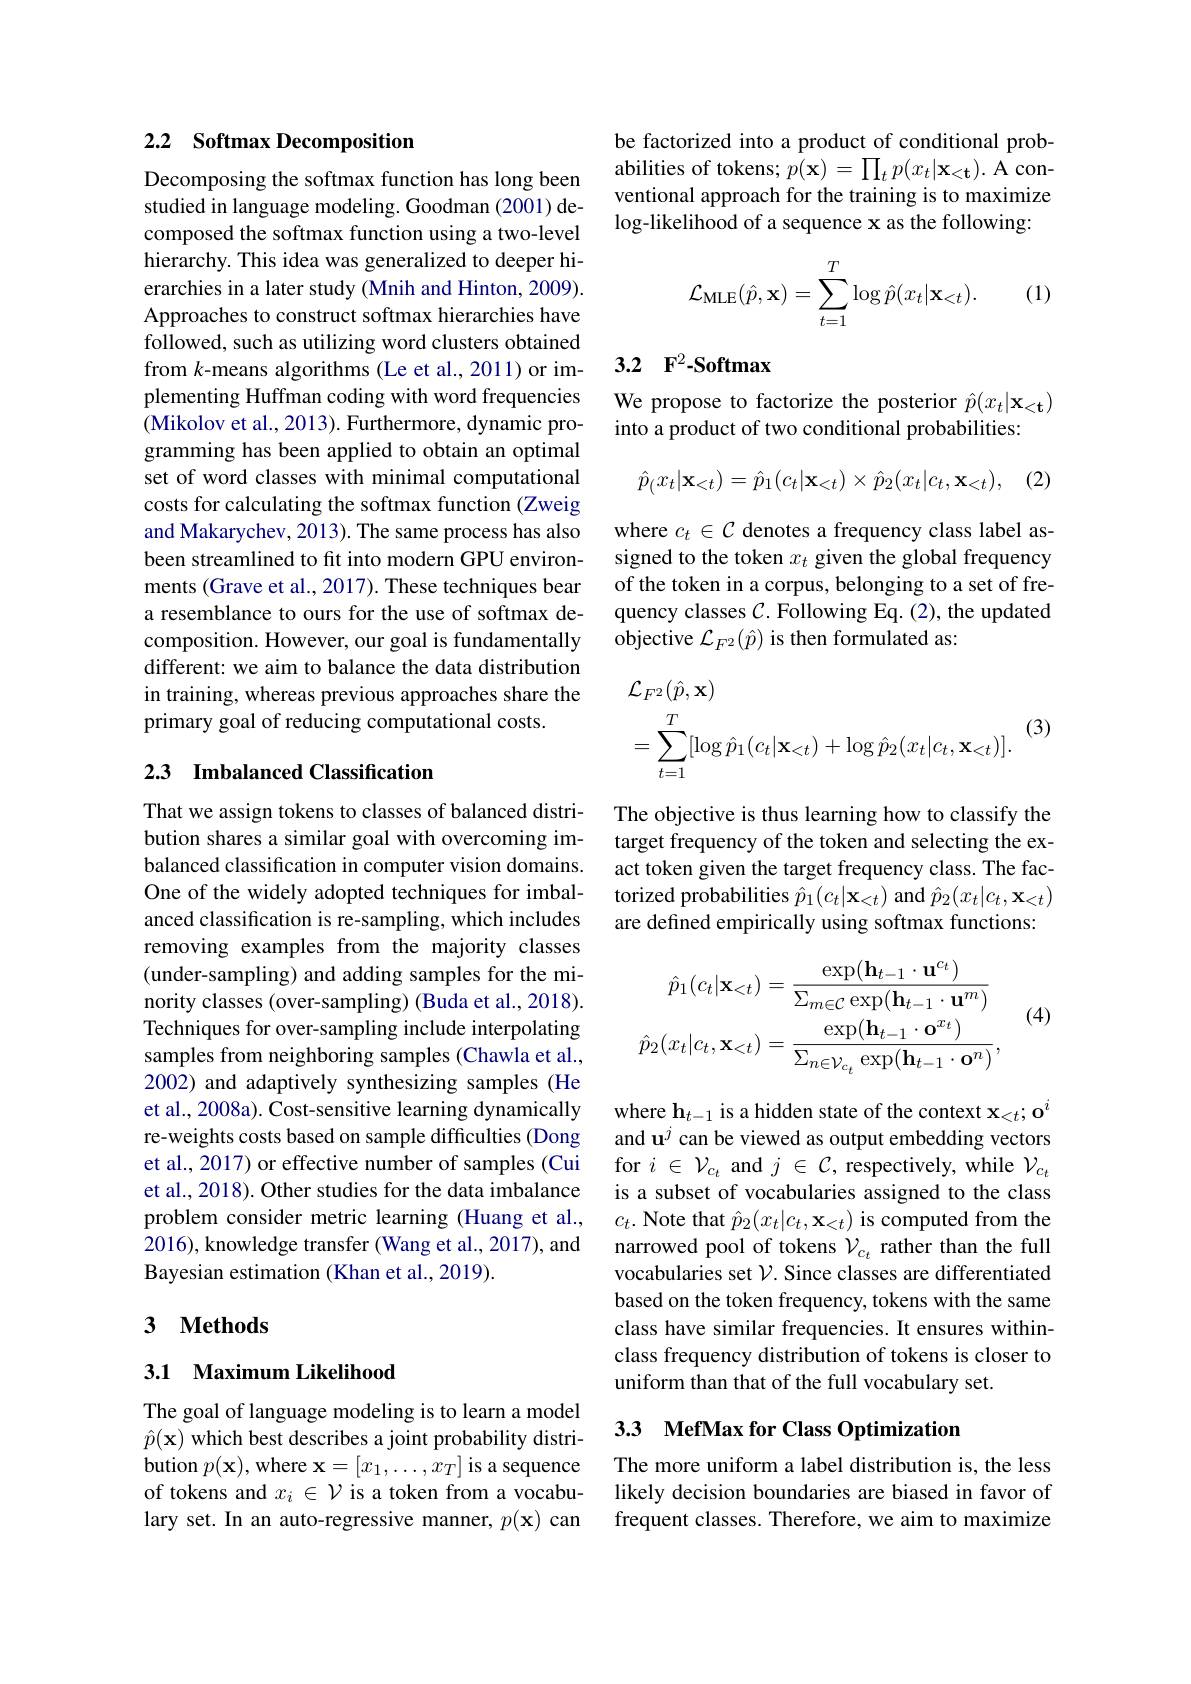
## 2.2 Softmax Decomposition

Decomposing the softmax function has long been studied in language modeling. Goodman (2001) decomposed the softmax function using a two-level hierarchy. This idea was generalized to deeper hierarchies in a later study (Mnih and Hinton, 2009). Approaches to construct softmax hierarchies have followed, such as utilizing word clusters obtained from $k$-means algorithms (Le et al., 2011) or implementing Huffman coding with word frequencies (Mikolov et al., 2013). Furthermore, dynamic programming has been applied to obtain an optimal set of word classes with minimal computational costs for calculating the softmax function (Zweig and Makarychev, 2013). The same process has also been streamlined to fit into modern GPU environments (Grave et al., 2017). These techniques bear a resemblance to ours for the use of softmax decomposition. However, our goal is fundamentally different: we aim to balance the data distribution in training, whereas previous approaches share the primary goal of reducing computational costs.

## 2.3 Imbalanced Classification

That we assign tokens to classes of balanced distribution shares a similar goal with overcoming imbalanced classification in computer vision domains. One of the widely adopted techniques for imbalanced classification is re-sampling, which includes removing examples from the majority classes (under-sampling) and adding samples for the minority classes (over-sampling) (Buda et al., 2018). Techniques for over-sampling include interpolating samples from neighboring samples (Chawla et al., 2002) and adaptively synthesizing samples (He et al., 2008a). Cost-sensitive learning dynamically re-weights costs based on sample difficulties (Dong et al., 2017) or effective number of samples (Cui et al., 2018). Other studies for the data imbalance problem consider metric learning (Huang et al., 2016), knowledge transfer (Wang et al., 2017), and Bayesian estimation (Khan et al., 2019).

## 3 $\textbf{Methods}$

## 3.1 Maximum Likelihood

The goal of language modeling is to learn a model $\hat{p}(\mathbf{x})$ which best describes a joint probability distribution $p(\mathbf{x})$, where $\mathbf{x}=[x_1,\ldots,x_T]$ is a sequence of tokens and $x_i\in\mathcal{V}$ is a token from a vocabulary set. In an auto-regressive manner, $p(\mathbf{x})$ can

be factorized into a product of conditional probabilities of tokens; $p(\mathbf{x})=\prod_{t}p(x_{t}|\mathbf{x}_{<\mathbf{t}}).$ A conventional approach for the training is to maximize log-likelihood of a sequence x as the following:
$$\mathcal{L}_{\mathrm{MLE}}(\hat{p},\mathbf{x})=\sum_{t=1}^{T}\log\hat{p}(x_{t}|\mathbf{x}_{<t}).$$
(1)

## 3.2 $\mathbf{F} ^{2}- \mathbf{Softmax}$

We propose to factorize the posterior $\hat{p}(x_t|\mathbf{x}_{<\mathbf{t}})$
into a product of two conditional probabilities:

(2)
$$\hat{p}_(x_t|\mathbf{x}_{<t})=\hat{p}_1(c_t|\mathbf{x}_{<t})\times\hat{p}_2(x_t|c_t,\mathbf{x}_{<t}),$$
where $c_t\in\mathcal{C}$ denotes a frequency class label assigned to the token $x_t$ given the global frequency of the token in a corpus, belonging to a set of frequency classes $\mathcal{C}.$ Following Eq. (2), the updated objective $\mathcal{L}_{F^2}(\hat{p})$ is then formulated as:
$$\begin{aligned}&\mathcal{L}_{F^{2}}(\hat{p},\mathbf{x})\\&=\sum_{t=1}^{T}[\log\hat{p}_{1}(c_{t}|\mathbf{x}_{<t})+\log\hat{p}_{2}(x_{t}|c_{t},\mathbf{x}_{<t})].\end{aligned}(3)$$
The objective is thus learning how to classify the target frequency of the token and selecting the exact token given the target frequency class. The factorized probabilities $\hat{p}_1(c_t|\mathbf{x}_{<t})$ and $\hat{p}_2(x_t|c_t,\mathbf{x}_{<t})$ are defined empirically using softmax functions:
$$\hat{p}_{1}(c_{t}|\mathbf{x}_{<t})=\frac{\exp(\mathbf{h}_{t-1}\cdot\mathbf{u}^{c_{t}})}{\sum_{m\in\mathcal{C}}\exp(\mathbf{h}_{t-1}\cdot\mathbf{u}^{m})}\\\hat{p}_{2}(x_{t}|c_{t},\mathbf{x}_{<t})=\frac{\exp(\mathbf{h}_{t-1}\cdot\mathbf{o}^{x_{t}})}{\sum_{n\in\mathcal{V}_{c_{t}}}\exp(\mathbf{h}_{t-1}\cdot\mathbf{o}^{n})},$$
(4)

where $\mathbf{h}_t-1$ is a hidden state of the context $\mathbf{x}_<t;\mathbf{o}^i$ and u$^j$ can be viewed as output embedding vectors for $i\in\mathcal{V}_{c_{t}}$ and $j\in\mathcal{C}$, respectively, while $\mathcal{V}_{c_{t}}$ is a subset of vocabularies assigned to the class $c_t.$ Note that $\hat p_2(x_t|c_t,\mathbf{x}_{<t})$ is computed from the narrowed pool of tokens $\mathcal{V}_c_t$ rather than the full vocabularies set $\mathcal{V}$. Since classes are differentiated based on the token frequency, tokens with the same class have similar frequencies. It ensures withinclass frequency distribution of tokens is closer to uniform than that of the full vocabulary set.

## 3.3 MefMax for Class Optimization

The more uniform a label distribution is, the less likely decision boundaries are biased in favor of frequent classes. Therefore, we aim to maximize